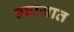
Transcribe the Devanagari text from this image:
न्यायात